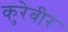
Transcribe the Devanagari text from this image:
कुरेबीर